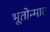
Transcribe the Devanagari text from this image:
भूतोन्माद